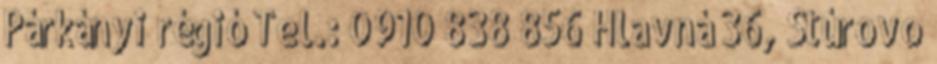
Párkányi régió Tel.: 0910 838 856 Hlavná 36, Štúrovo